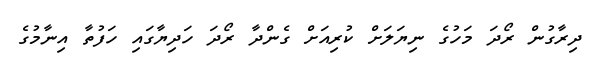
ދިރާގުން ރޯދަ މަހުގެ ނިޔަލަށް ކުރިއަށް ގެންދާ ރޯދަ ހަދިޔާގައި ހަފުތާ އިނާމުގެ